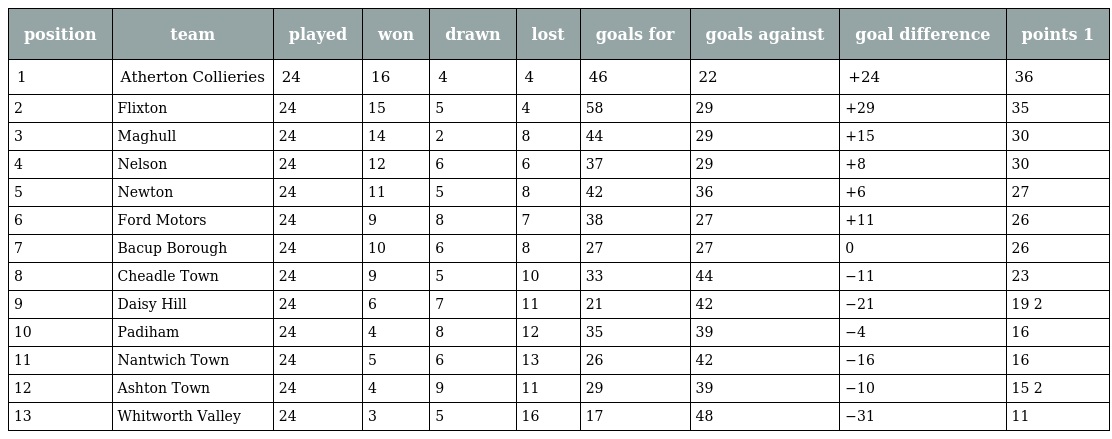
| position | team | played | won | drawn | lost | goals for | goals against | goal difference | points 1 |
 | --- | --- | --- | --- | --- | --- | --- | --- | --- | --- |
 | 1 | Atherton Collieries | 24 | 16 | 4 | 4 | 46 | 22 | +24 | 36 |
 | 2 | Flixton | 24 | 15 | 5 | 4 | 58 | 29 | +29 | 35 |
 | 3 | Maghull | 24 | 14 | 2 | 8 | 44 | 29 | +15 | 30 |
 | 4 | Nelson | 24 | 12 | 6 | 6 | 37 | 29 | +8 | 30 |
 | 5 | Newton | 24 | 11 | 5 | 8 | 42 | 36 | +6 | 27 |
 | 6 | Ford Motors | 24 | 9 | 8 | 7 | 38 | 27 | +11 | 26 |
 | 7 | Bacup Borough | 24 | 10 | 6 | 8 | 27 | 27 | 0 | 26 |
 | 8 | Cheadle Town | 24 | 9 | 5 | 10 | 33 | 44 | −11 | 23 |
 | 9 | Daisy Hill | 24 | 6 | 7 | 11 | 21 | 42 | −21 | 19 2 |
 | 10 | Padiham | 24 | 4 | 8 | 12 | 35 | 39 | −4 | 16 |
 | 11 | Nantwich Town | 24 | 5 | 6 | 13 | 26 | 42 | −16 | 16 |
 | 12 | Ashton Town | 24 | 4 | 9 | 11 | 29 | 39 | −10 | 15 2 |
 | 13 | Whitworth Valley | 24 | 3 | 5 | 16 | 17 | 48 | −31 | 11 |